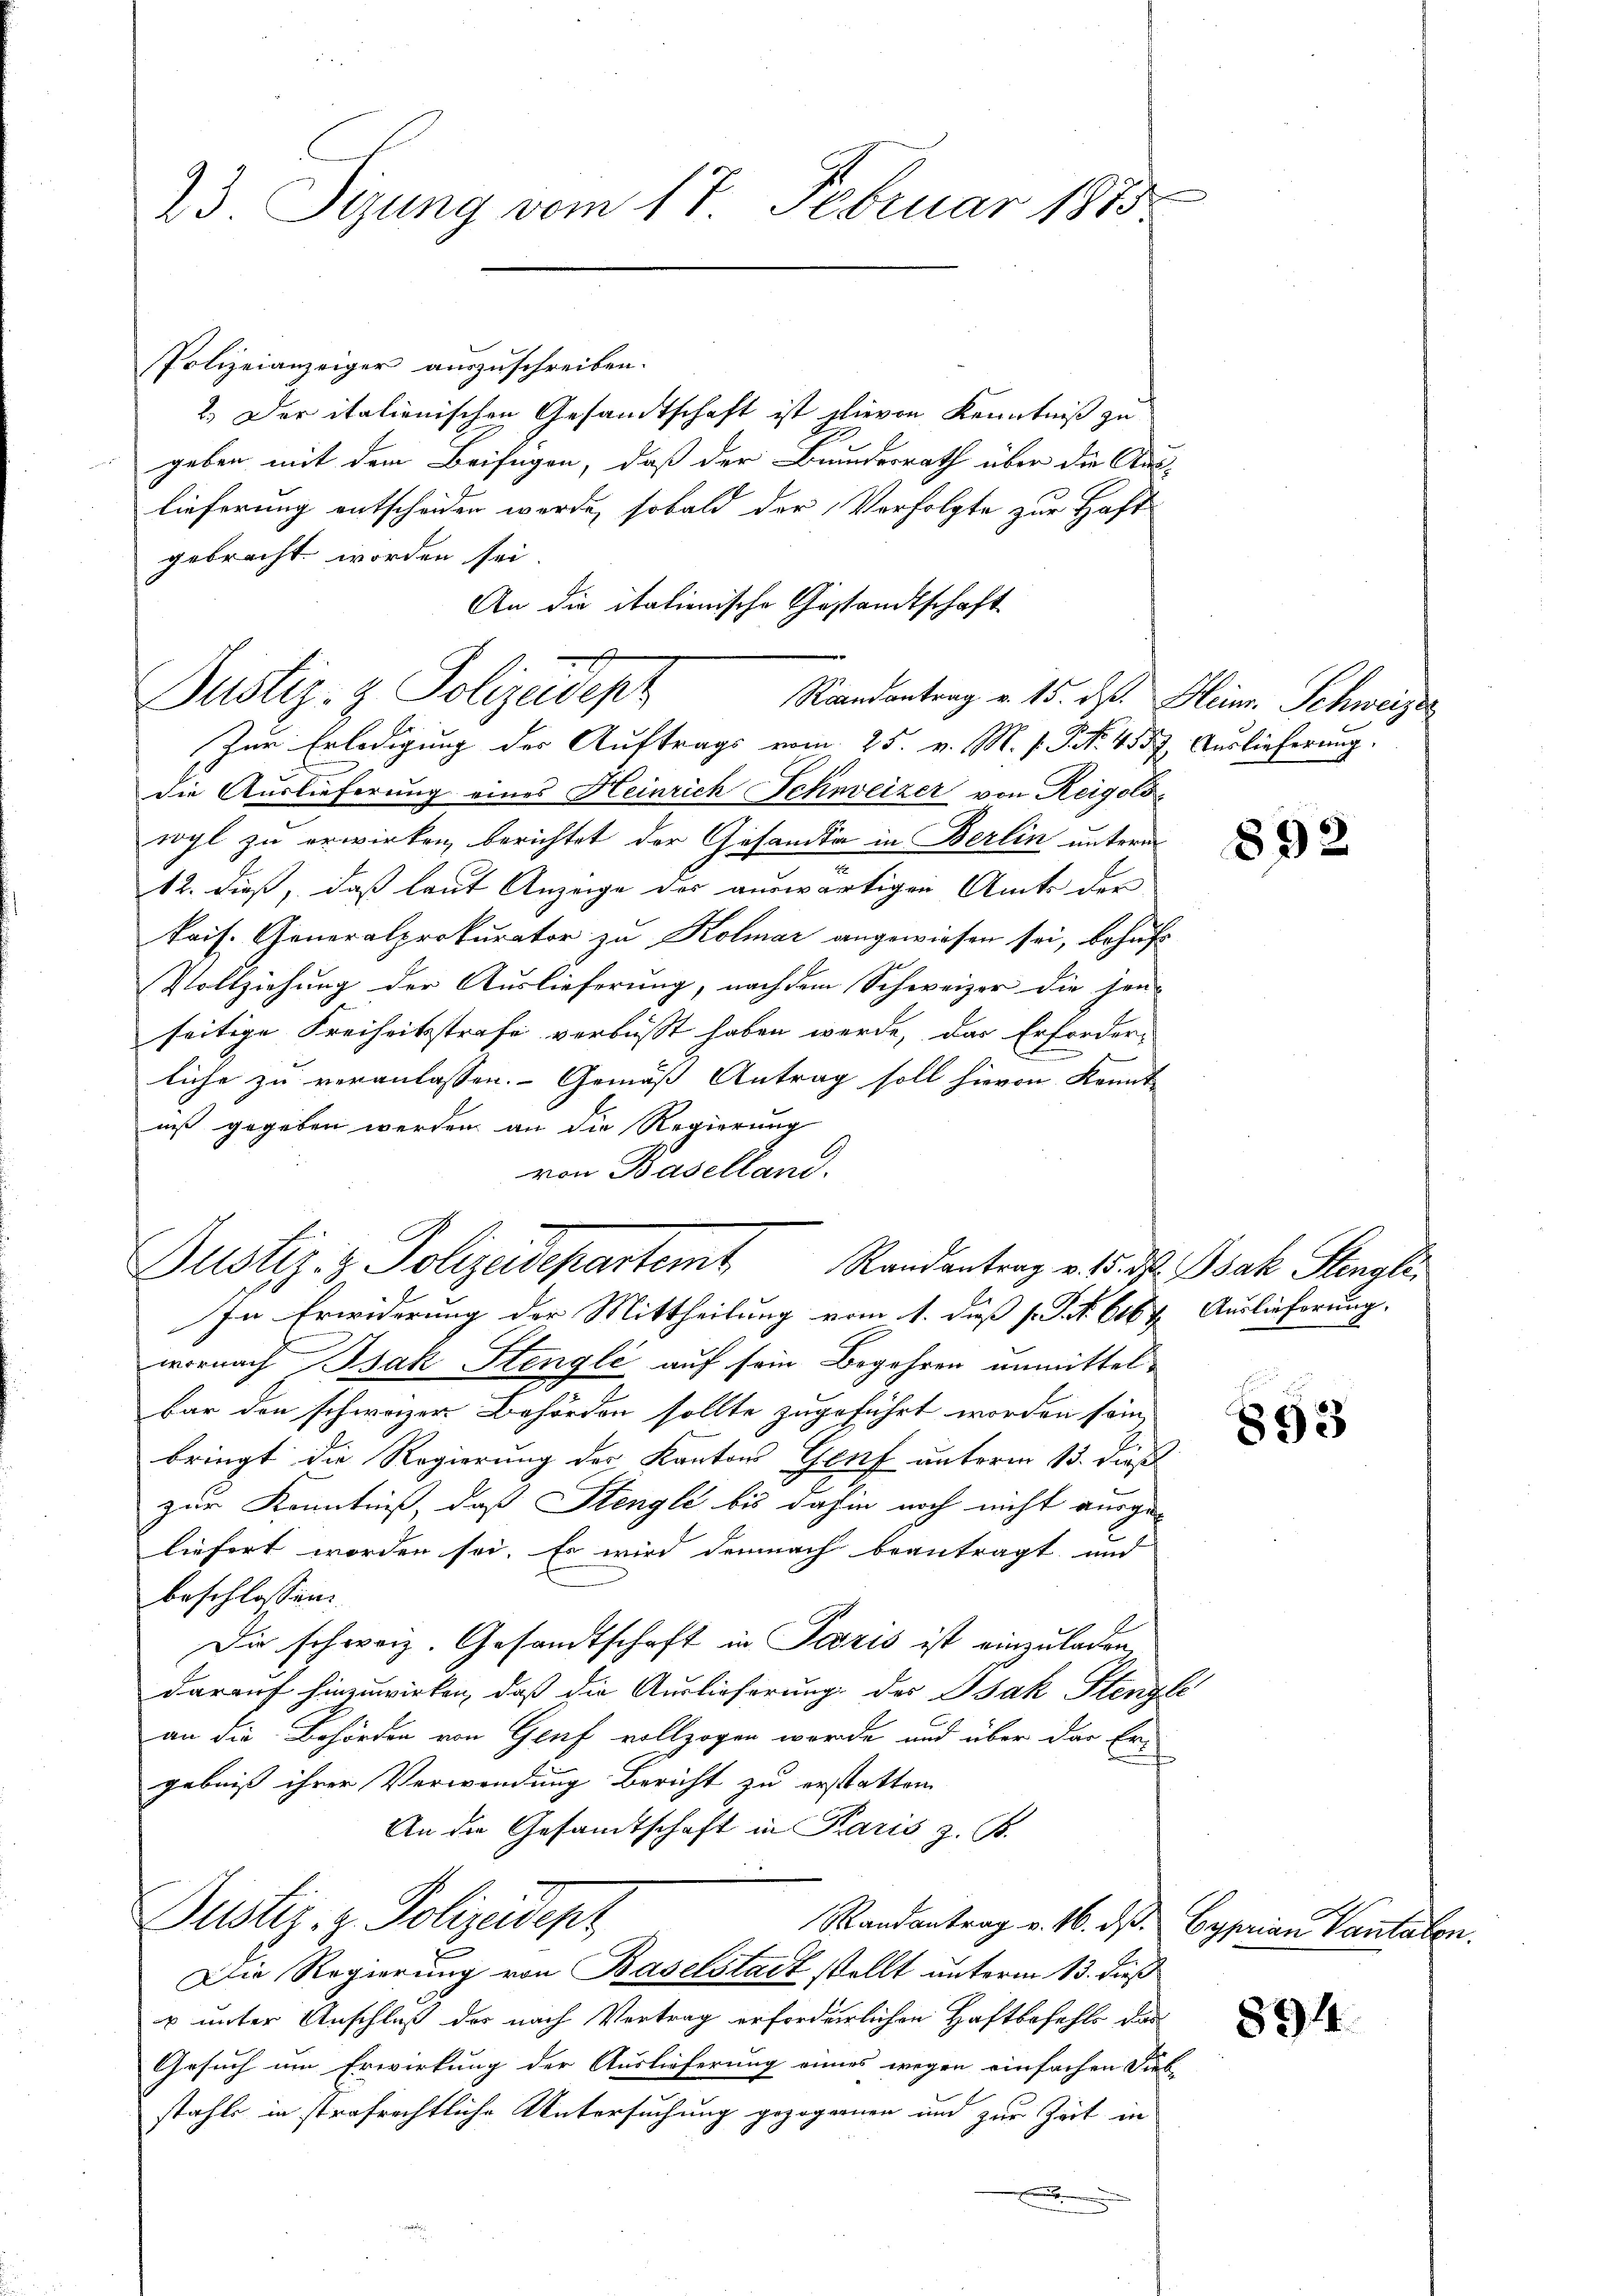
Polizeianzeiger auszuschreiben.
2.) Der italionischen Gesandtschaft ist hievon Kenntniß zu
geben mit dem Beifügen, daß der Bundesrath über die Aus-
lieferung entscheiden werde, sobald der Verfolgte zur Haft
gebracht worden sei.
An die itationische Gestandtschaft

23. Sizung vom 17. Februar 1875

Justiz- & Polizedept
Raandantrag v. 15. d. Heinr. Schweizer

Zur Erledigung des Auftrags vom 25. v. M. P. P. Nr. 4557. Auslieferung.
die Auslieferung eines Heinrich Schweizer von Reigolowyl zu erwirken berichtet der Gesandte in Berlin unterm
12. dieß, daß laut Anzeige der auswärtigen Amts der
kais. Generalprokurator zu Kolmar angewiesen sei, behufs
Vollziehung der Auslieferung, nach dem Schweizer die jen-
seitige Freiheitsstrafe verbüßt haben werde, das Erforderliche zu veranlassen. Gemäß Antrag soll hievon Kennt-
niß gegeben werden an die Regierung
von Baselland.
wornach Bak Stengli auf sein Begehren unmittelbar den schwazer Behörden sollte zugeführt worden sein,
bringt die Regierung der Kanton Genf unterm 13. dies
zur Kenntniß, daß Stengle bis dahin noch nicht ausgeliefert worden sei. Es wird demnach beantragt und
beschlossen:
Die schweiz. Gesandtschaft in Paris ist einzuladen,
darauf hinzuwirken, daß die Auslieferung des Isak Stengle
an die Behörden von Genf vollzogen werde und über das Ergebniß ihrer Verwendung Bericht zu erstatten
An die Gesamtschaft in Paris z. B.
Justiz- & Polizeident
Randantrag v. 16. ds. Cyprian Pantalen.
Die Regierung von Baselstadt stellt unterm 13. dieß
u unter Anschluß des nach Vertrag erforderlichen Haftbefehls das
Gesuch um Erwirkung der Auslieferung eines wegen einfachen Sieb-
stahls in strafrechtliche Untersuchung gezogenen und zur Zeit in
e

Justiz- & Polizeidepartemt Randantrag v. 15. d. Bak Stengle
In Erwiderung der Mittheilung vom 1. dieß s. S. 6167. Auslieferung.

892

893

894